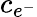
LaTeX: c_{e^{-}}